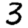
Digit: 3